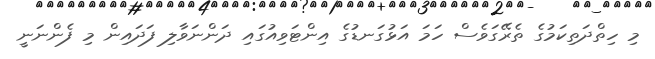
މި ހިތްދަތިކަމުގެ ތެރޭގަވެސް ހަަމަ އަޅުގަނޑުގެ އިންޓަވިއުގައި ދަންނަވާލި ފަދައިން މި ފެންނަނީ